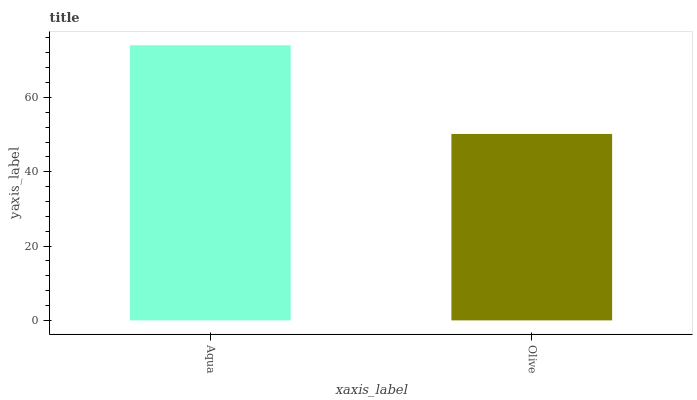
| xaxis_label | bars |
 | --- | --- |
 | Aqua | 74 |
 | Olive | 50.2 |